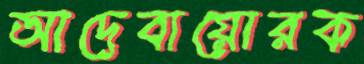
আদেবায়োরক